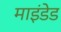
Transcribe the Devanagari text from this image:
माइंडेड